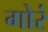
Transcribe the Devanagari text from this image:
गोरं